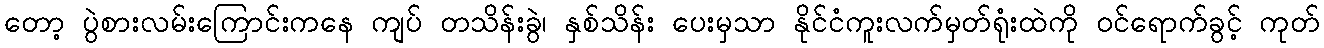
တော့ ပွဲစားလမ်းကြောင်းကနေ ကျပ် တသိန်းခွဲ၊ နှစ်သိန်း ပေးမှသာ နိုင်ငံကူးလက်မှတ်ရုံးထဲကို ဝင်ရောက်ခွင့် ကုတ်